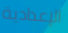
الإعدادية